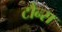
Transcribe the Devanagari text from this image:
टौन्स